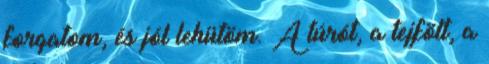
forgatom, és jól lehütöm. A túrót, a tejfölt, a